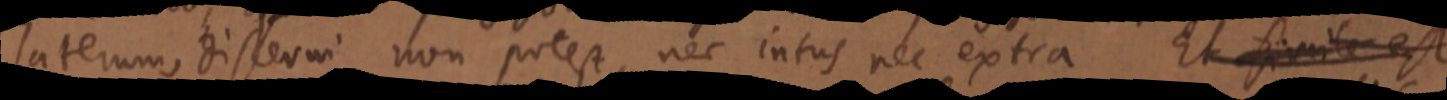
laterum, discerni non potest, nec intus nec extra Et simile est